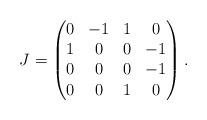
LaTeX: \begin{align*}J = \begin{pmatrix}0 & -1 & 1 & 0\\1 & 0 & 0 &-1\\0 & 0 & 0 &-1\\0 & 0 & 1 & 0\end{pmatrix}.\end{align*}